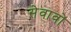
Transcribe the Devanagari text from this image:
सेवावों